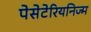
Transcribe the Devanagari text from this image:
पेसेटेरियनिज्म